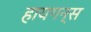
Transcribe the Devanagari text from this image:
हायगन्स